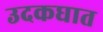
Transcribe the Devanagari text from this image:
उदकघात